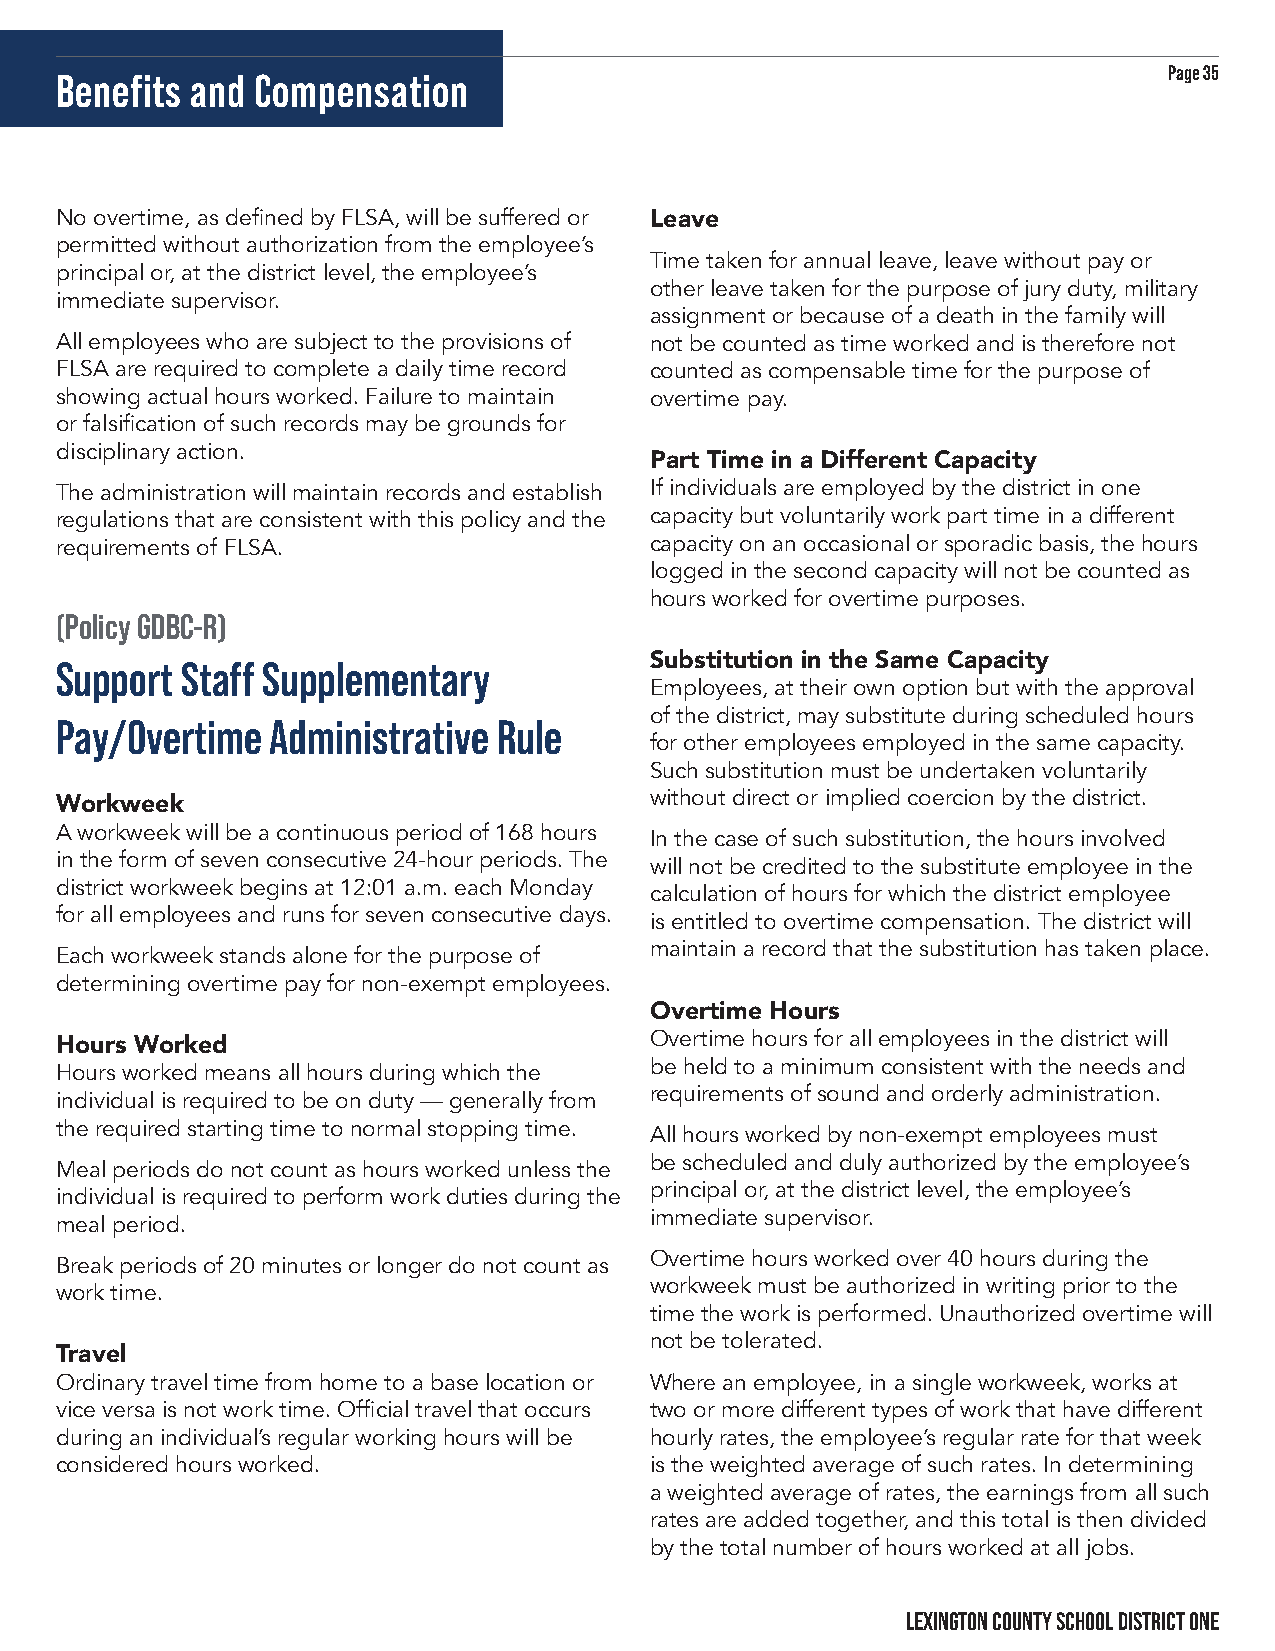
Page 35
 Benefits and Compensation
 No overtime, as defined by FLSA, will be suffered or Leave
 permitted without authorization from the employee’s
 Time taken for annual leave, leave without pay or
 principal or, at the district level, the employee’s
 other leave taken for the purpose of jury duty, military
 immediate supervisor.
 assignment or because of a death in the family will
 All employees who are subject to the provisions of not be counted as time worked and is therefore not
 FLSA are required to complete a daily time record counted as compensable time for the purpose of
 showing actual hours worked. Failure to maintain overtime pay.
 or falsification of such records may be grounds for
 disciplinary action.
 Part Time in a Different Capacity
 The administration will maintain records and establish If individuals are employed by the district in one
 regulations that are consistent with this policy and the capacity but voluntarily work part time in a different
 requirements of FLSA.                  capacity on an occasional or sporadic basis, the hours
 logged in the second capacity will not be counted as
 hours worked for overtime purposes.
 (Policy GDBC-R)
 Support Staff Supplementary            Substitution in the Same Capacity
 Employees, at their own option but with the approval
 of the district, may substitute during scheduled hours
 Pay/Overtime  Administrative Rule
 for other employees employed in the same capacity.
 Such substitution must be undertaken voluntarily
 without direct or implied coercion by the district.
 Workweek
 A workweek will be a continuous period of 168 hours
 In the case of such substitution, the hours involved
 in the form of seven consecutive 24-hour periods. The
 will not be credited to the substitute employee in the
 district workweek begins at 12:01 a.m. each Monday
 calculation of hours for which the district employee
 for all employees and runs for seven consecutive days.
 is entitled to overtime compensation. The district will
 maintain a record that the substitution has taken place.
 Each workweek stands alone for the purpose of
 determining overtime pay for non-exempt employees.
 Overtime Hours
 Overtime hours for all employees in the district will
 Hours Worked
 be held to a minimum consistent with the needs and
 Hours worked means all hours during which the
 requirements of sound and orderly administration.
 individual is required to be on duty — generally from
 the required starting time to normal stopping time.
 All hours worked by non-exempt employees must
 be scheduled and duly authorized by the employee’s
 Meal periods do not count as hours worked unless the
 principal or, at the district level, the employee’s
 individual is required to perform work duties during the
 immediate supervisor.
 meal period.
 Overtime hours worked over 40 hours during the
 Break periods of 20 minutes or longer do not count as
 workweek must be authorized in writing prior to the
 work time.
 time the work is performed. Unauthorized overtime will
 not be tolerated.
 Travel
 Ordinary travel time from home to a base location or Where an employee, in a single workweek, works at
 vice versa is not work time. Official travel that occurs two or more different types of work that have different
 during an individual’s regular working hours will be hourly rates, the employee’s regular rate for that week
 considered hours worked.               is the weighted average of such rates. In determining
 a weighted average of rates, the earnings from all such
 rates are added together, and this total is then divided
 by the total number of hours worked at all jobs.
 LEXINGTON COUNTY SCHOOL DISTRICT ONE